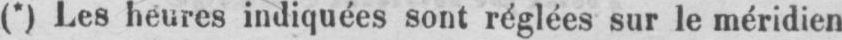
(*) Les heures indiquées sont réglées sur le méridien